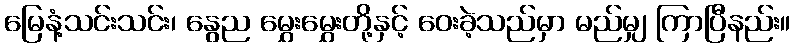
မြေနံ့သင်းသင်း၊ နွေည မွှေးမွှေးတို့နှင့် ဝေးခဲ့သည်မှာ မည်မျှ ကြာပြီနည်း။